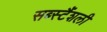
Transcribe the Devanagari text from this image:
सब्स्टैंशली